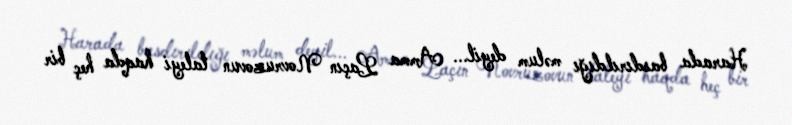
Harada basdırıldığı məlum deyil... Amma Laçın Novruzovun taleyi haqda heç bir